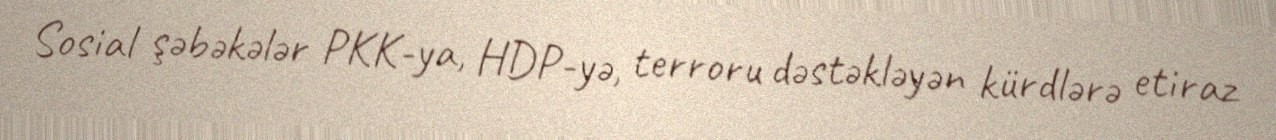
Sosial şəbəkələr PKK-ya, HDP-yə, terroru dəstəkləyən kürdlərə etiraz